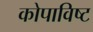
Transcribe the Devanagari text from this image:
कोपाविष्ट